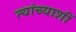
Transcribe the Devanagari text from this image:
त्यांच्याशीं